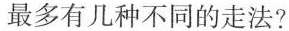
最多有几种不同的走法?